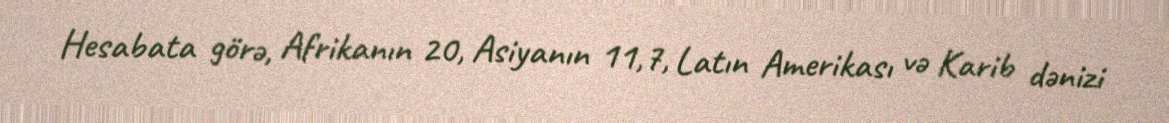
Hesabata görə, Afrikanın 20, Asiyanın 11,7, Latın Amerikası və Karib dənizi